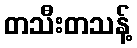
တသီးတသန့်